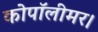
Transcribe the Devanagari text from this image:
कोपॉलीमर।